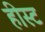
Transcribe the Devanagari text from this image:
हीस्ट